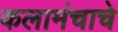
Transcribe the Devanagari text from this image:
कलामंचाचे